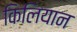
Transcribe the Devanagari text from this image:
किलियान